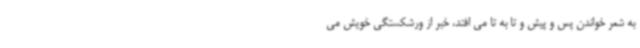
به شعر خواندن پس و پیش و تا به تا می افتد، خبر از ورشکستگی خویش می